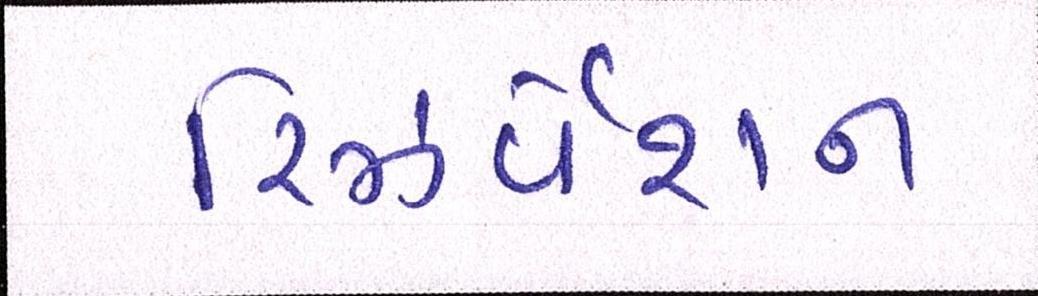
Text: રિઝર્વેશન